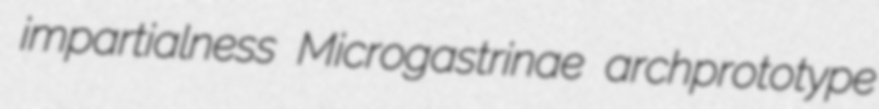
impartialness Microgastrinae archprototype